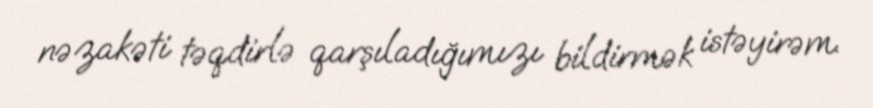
nəzakəti təqdirlə qarşıladığımızı bildirmək istəyirəm.